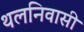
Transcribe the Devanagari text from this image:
थलनिवासी